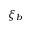
\xi _ { b }